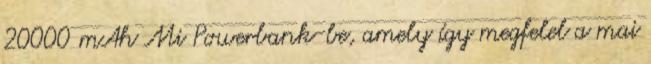
20000 mAh Mi Powerbank-be, amely így megfelel a mai